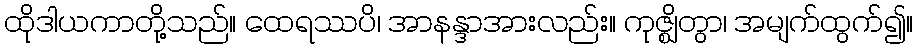
ထိုဒါယကာတို့သည်။ ထေရဿပိ၊ အာနန္ဒာအားလည်း။ ကုဇ္ဈိတွာ၊ အမျက်ထွက်၍။